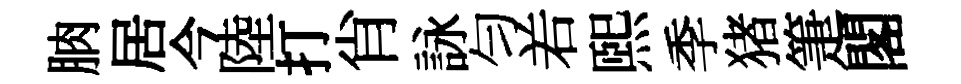
朒居今陸打肖詠匀𠰥熙季猪箑閣